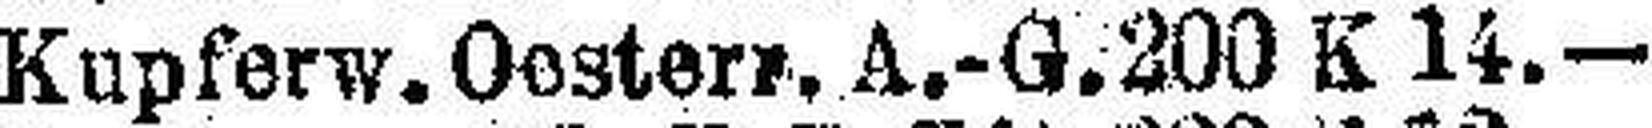
Kupferw. Oesterr. A.-G. 200 K 14.—